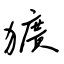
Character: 獷